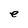
Character: e